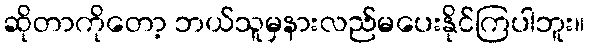
ဆိုတာကိုတော့ ဘယ်သူမှနားလည်မပေးနိုင်ကြပါဘူး။